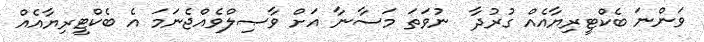
ވަންނަ ބެކްޓީރިޔާއެއް ގުރުދާ  ނުވަތަ މަސާނާ އަށް ވާޞިލްވެއްޖެނަމަ އެ ބެކްޓީރިޔާއެއް